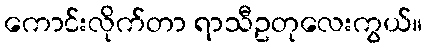
ကောင်းလိုက်တာ ရာသီဥတုလေးကွယ်။